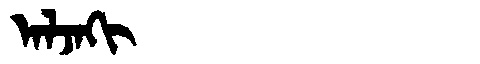
Manchu: ᠠᠯᠵᠠᡴᡳ
Romanization: ALJAKI